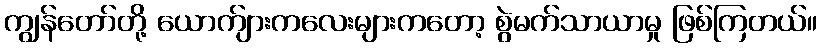
ကျွန်တော်တို့ ယောက်ျားကလေးများကတော့ စွဲမက်သာယာမှု ဖြစ်ကြတယ်။